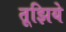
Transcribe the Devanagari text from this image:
तूझिये